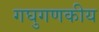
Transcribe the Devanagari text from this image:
गघुगणकीय